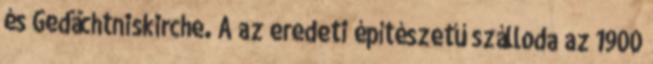
és Gedächtniskirche. A az eredeti építészetű szálloda az 1900